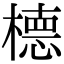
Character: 㯖